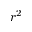
r ^ { 2 }